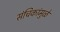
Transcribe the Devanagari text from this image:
संचिकांमुळे